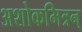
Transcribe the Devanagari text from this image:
अशोकमित्रन्